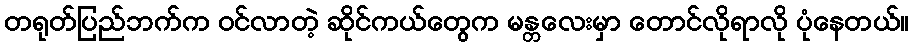
တရုတ်ပြည်ဘက်က ဝင်လာတဲ့ ဆိုင်ကယ်တွေက မန္တလေးမှာ တောင်လိုရာလို ပုံနေတယ်။